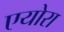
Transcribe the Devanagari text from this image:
एयोरा